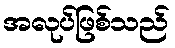
အလုပ်ဖြစ်သည်